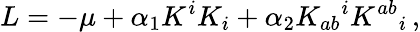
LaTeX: L=-\mu+\alpha_{1}K^{i}K_{i}+\alpha_{2}K_{ab}{}^{i}K^{ab}{}_{i}\, ,